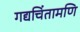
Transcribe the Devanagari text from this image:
गद्यचिंतामणि